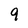
Character: 9